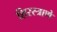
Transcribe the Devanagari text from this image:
शिरस्त्राणे